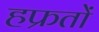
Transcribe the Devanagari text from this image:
हफ्रतों